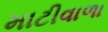
માટીવાળા